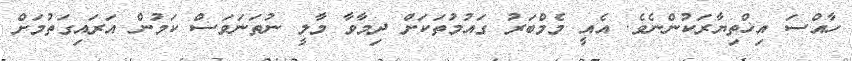
ހާއްސަ އިޚްތިޔާރަކުންނެވެ. އެއީ މެމްބަރު ގައުމުތަކަށް ދިމާވާ މާލީ ނުތަނަވަސް ކަމުން އަރައިގަތުމަށް